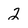
Character: 2